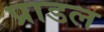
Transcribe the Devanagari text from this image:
प्राडल